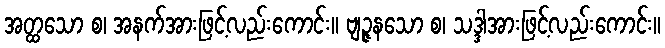
အတ္ထသော စ၊ အနက်အားဖြင့်လည်းကောင်း။ ဗျဉ္ဇနသော စ၊ သဒ္ဒါအားဖြင့်လည်းကောင်း။